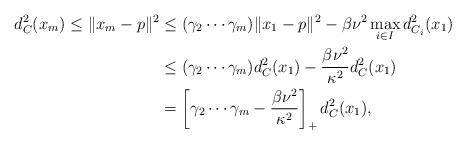
LaTeX: \begin{align*}d^2_C(x_m)\leq\|x_m -p\|^2 &\leq (\gamma_2 \cdots \gamma_m) \|x_1-p\|^2-\beta\nu^2\max_{i\in I}d_{C_i}^2(x_1) \\&\leq (\gamma_2 \cdots \gamma_m) d_C^2(x_1) -\frac{\beta\nu^2}{\kappa^2} d_C^2(x_1) \\&= \left[\gamma_2 \cdots \gamma_m -\frac{\beta\nu^2}{\kappa^2}\right]_+d_C^2(x_1),\end{align*}